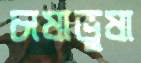
চাষাভুষা